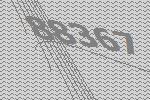
88367